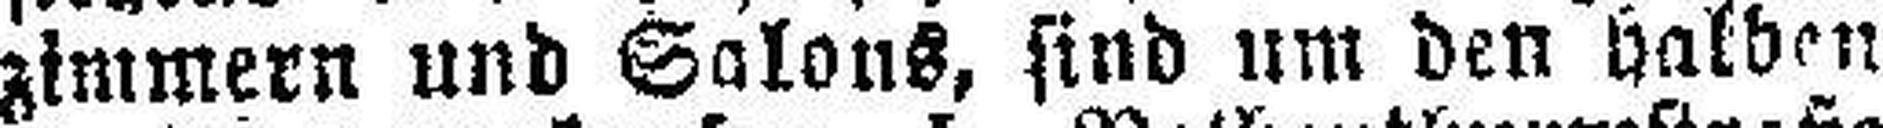
zimmern und Salons, sind um dem halben